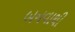
બનવાથી